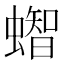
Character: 𧒊